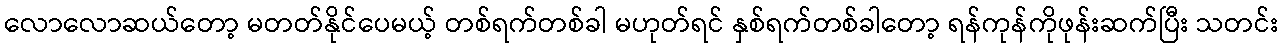
လောလောဆယ်တော့ မတတ်နိုင်ပေမယ့် တစ်ရက်တစ်ခါ မဟုတ်ရင် နှစ်ရက်တစ်ခါတော့ ရန်ကုန်ကိုဖုန်းဆက်ပြီး သတင်း